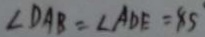
\angle D A B = \angle A D E = 8 5